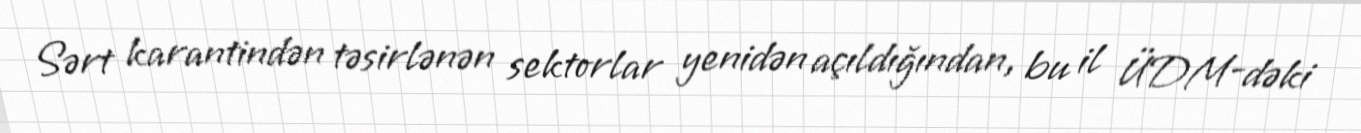
Sərt karantindən təsirlənən sektorlar yenidən açıldığından, bu il ÜDM-dəki